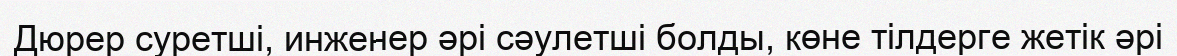
Дюрер суретші, инженер әрі сәулетші болды, көне тілдерге жетік әрі